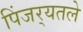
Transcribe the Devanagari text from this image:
पिंजर्‍यतले